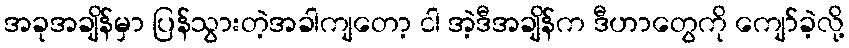
အခုအချိန်မှာ ပြန်သွားတဲ့အခါကျတော့ ငါ အဲ့ဒီအချိန်က ဒီဟာတွေကို ကျော်ခဲ့လို့